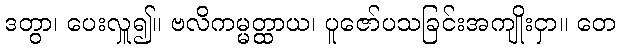
ဒတွာ၊ ပေးလှူ၍။ ဗလိကမ္မတ္ထာယ၊ ပူဇော်ပသခြင်းအကျိုးငှာ။ တေ